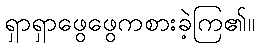
ရှာရှာဖွေဖွေကစားခဲ့ကြ၏။